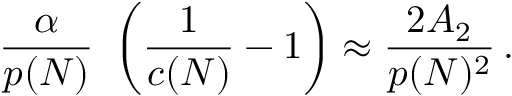
{ \frac { \alpha } { p ( N ) } } \ \left( { \frac { 1 } { c ( N ) } } - 1 \right) \approx { \frac { 2 A _ { 2 } } { p ( N ) ^ { 2 } } } \, .